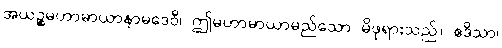
အယဉ္စမဟာမာယာနာမဒေဝီ၊ ဤမဟာမာယာမည်သော မိဖုရားသည်။ ဧဒိသာ၊